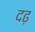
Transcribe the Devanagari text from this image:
दढ़